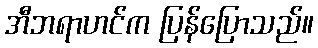
အီဘရာဟင်က ပြန်ပြောသည်။